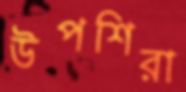
উপশিরা